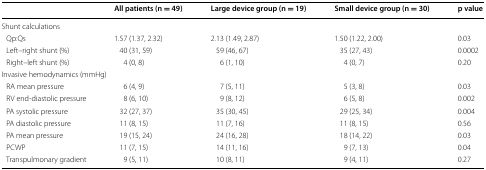
|  | All patients (n = 49) | Large device group (n = 19) | Small device group (n = 30) | p value |
 | --- | --- | --- | --- | --- |
 | <COLSPAN=5> Shunt calculations |
 | Qp:Qs | 1.57 (1.37, 2.32) | 2.13 (1.49, 2.87) | 1.50 (1.22, 2.00) | 0.03 |
 | Left–right shunt (%) | 40 (31, 59) | 59 (46, 67) | 35 (27, 43) | 0.0002 |
 | Right–left shunt (%) | 4 (0, 8) | 6 (1, 10) | 4 (0, 7) | 0.20 |
 | <COLSPAN=5> Invasive hemodynamics (mmHg) |
 | RA mean pressure | 6 (4, 9) | 7 (5, 11) | 5 (3, 8) | 0.03 |
 | RV end-diastolic pressure | 8 (6, 10) | 9 (8, 12) | 6 (5, 8) | 0.002 |
 | PA systolic pressure | 32 (27, 37) | 35 (30, 45) | 29 (25, 34) | 0.004 |
 | PA diastolic pressure | 11 (8, 15) | 11 (7, 16) | 11 (8, 15) | 0.56 |
 | PA mean pressure | 19 (15, 24) | 24 (16, 28) | 18 (14, 22) | 0.03 |
 | PCWP | 11 (7, 15) | 14 (11, 16) | 9 (7, 13) | 0.04 |
 | Transpulmonary gradient | 9 (5, 11) | 10 (8, 11) | 9 (4, 11) | 0.27 |